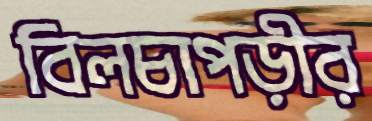
বিলচাপড়ীর